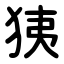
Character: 㹫